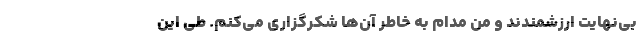
بی‌نهایت ارزشمندند و من مدام به خاطر آن‌ها شکرگزاری می‌کنم. طی این